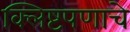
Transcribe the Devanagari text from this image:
क्लिष्टपणाचे